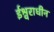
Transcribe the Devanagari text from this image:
ईश्वराधीन